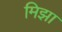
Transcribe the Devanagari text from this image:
मिझा